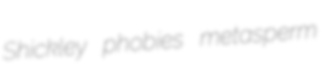
Shickley phobies metasperm